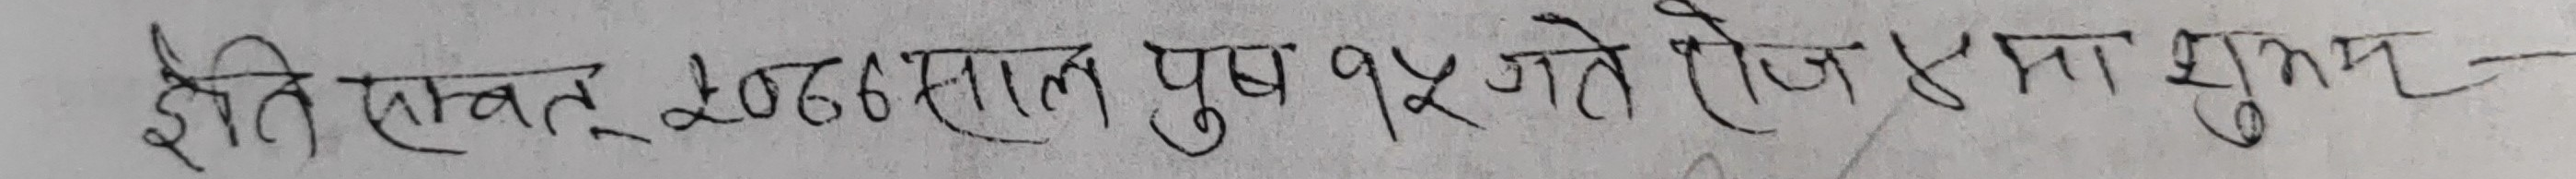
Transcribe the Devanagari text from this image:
इति संवत् २०७६ साल पुष १५ गते रोज शुभम्